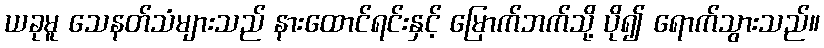
ယခုမူ သေနတ်သံများသည် နားထောင်ရင်းနှင့် မြောက်ဘက်သို့ ပို၍ ရောက်သွားသည်။